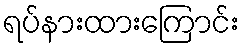
ရပ်နားထားကြောင်း